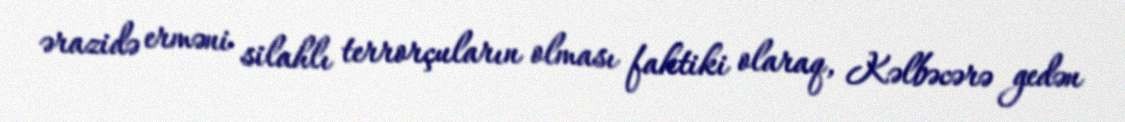
ərazidə erməni silahlı terrorçuların olması faktiki olaraq, Kəlbəcərə gedən